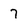
Character: 7